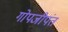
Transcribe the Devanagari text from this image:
गोपजीपंत